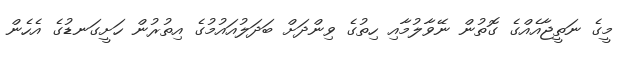
މީގެ ނަތީޖާއެއްގެ ގޮތުން ނޭވާލުމާއި ހިތުގެ ވިންދަށް ބަދަލުއައުމުގެ އިތުރުން ހަށީގަނޑުގެ އެހެން